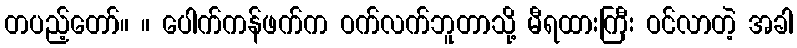
တပည့်တော်။ ။ ပေါက်ကန်ဖက်က ဝက်လက်ဘူတာသို့ မီရထားကြီး ဝင်လာတဲ့ အခါ